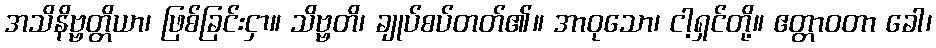
အသိနိဗ္ဗတ္တိယာ၊ ဖြစ်ခြင်းငှာ။ သိဗ္ဗတိ၊ ချုပ်စပ်တတ်၏။ အာဝုသော၊ ငါ့ရှင်တို့။ ဧတ္တာဝတာ ခေါ၊